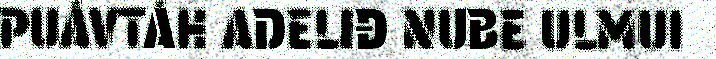
PUÁVTÁH ADELIĐ NUBE ULMUI